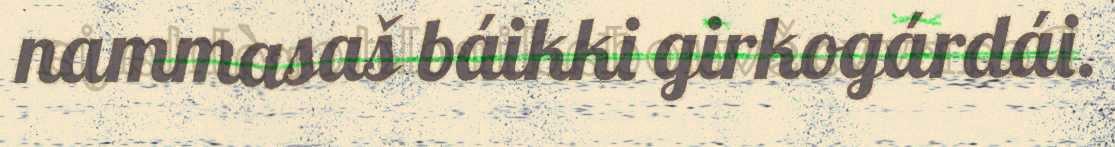
nammasaš báikki girkogárdái.